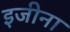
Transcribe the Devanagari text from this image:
इजीना